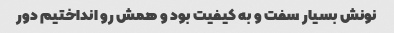
نونش بسیار سفت و به کیفیت بود و همش رو انداختیم دور